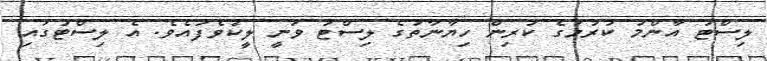
ލިސްޓު އާންމު ކުރުމުގެ ކުރިން ހިޔާނާތުގެ ލިސްޓު ވަނީ ލީކުވެފައެވެ. އެ ލިސްޓުގައި